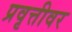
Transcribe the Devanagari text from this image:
प्रवृत्तीवर